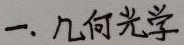
一. 几何光学